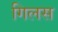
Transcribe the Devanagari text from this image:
गिलस